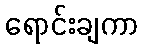
ရောင်းချကာ